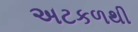
અટકળથી